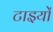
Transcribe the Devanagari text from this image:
टाइयों